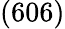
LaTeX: (606)